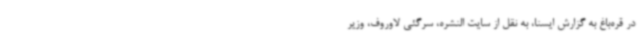
در قره‌باغ به گزارش ایسنا، به نقل از سایت النشره، سرگئی لاوروف، وزیر